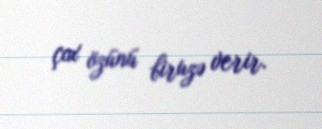
çox özünü biruzə verir.